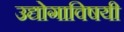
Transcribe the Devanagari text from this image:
उद्योगाविषयी